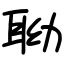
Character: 聈